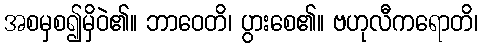
အစမှစ၍မှိဝဲ၏။ ဘာဝေတိ၊ ပွားစေ၏။ ဗဟုလီကရောတိ၊